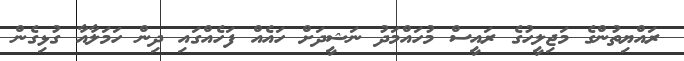
ރައްޔިތުންގެ މަޖިލީހުގެ ރައީސް މުހައްމަދު ނަޝީދަށް ހައެއް ފަހެއްގައި ދިން ހަމަލާއާ ގުޅިގެން